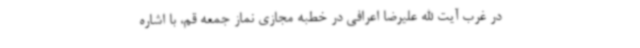
در غرب آیت الله علیرضا اعرافی در خطبه مجازی نماز جمعه قم، با اشاره